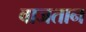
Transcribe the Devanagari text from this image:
वाजतान